Bréfritari: Þorbjörg Jónsdóttir
Viðtakandi: D. Halldórsson
Dagsetning: A-1886-10-24
Skrifað á: Dakóta
ekkja séra Ólafs Indriðasonar

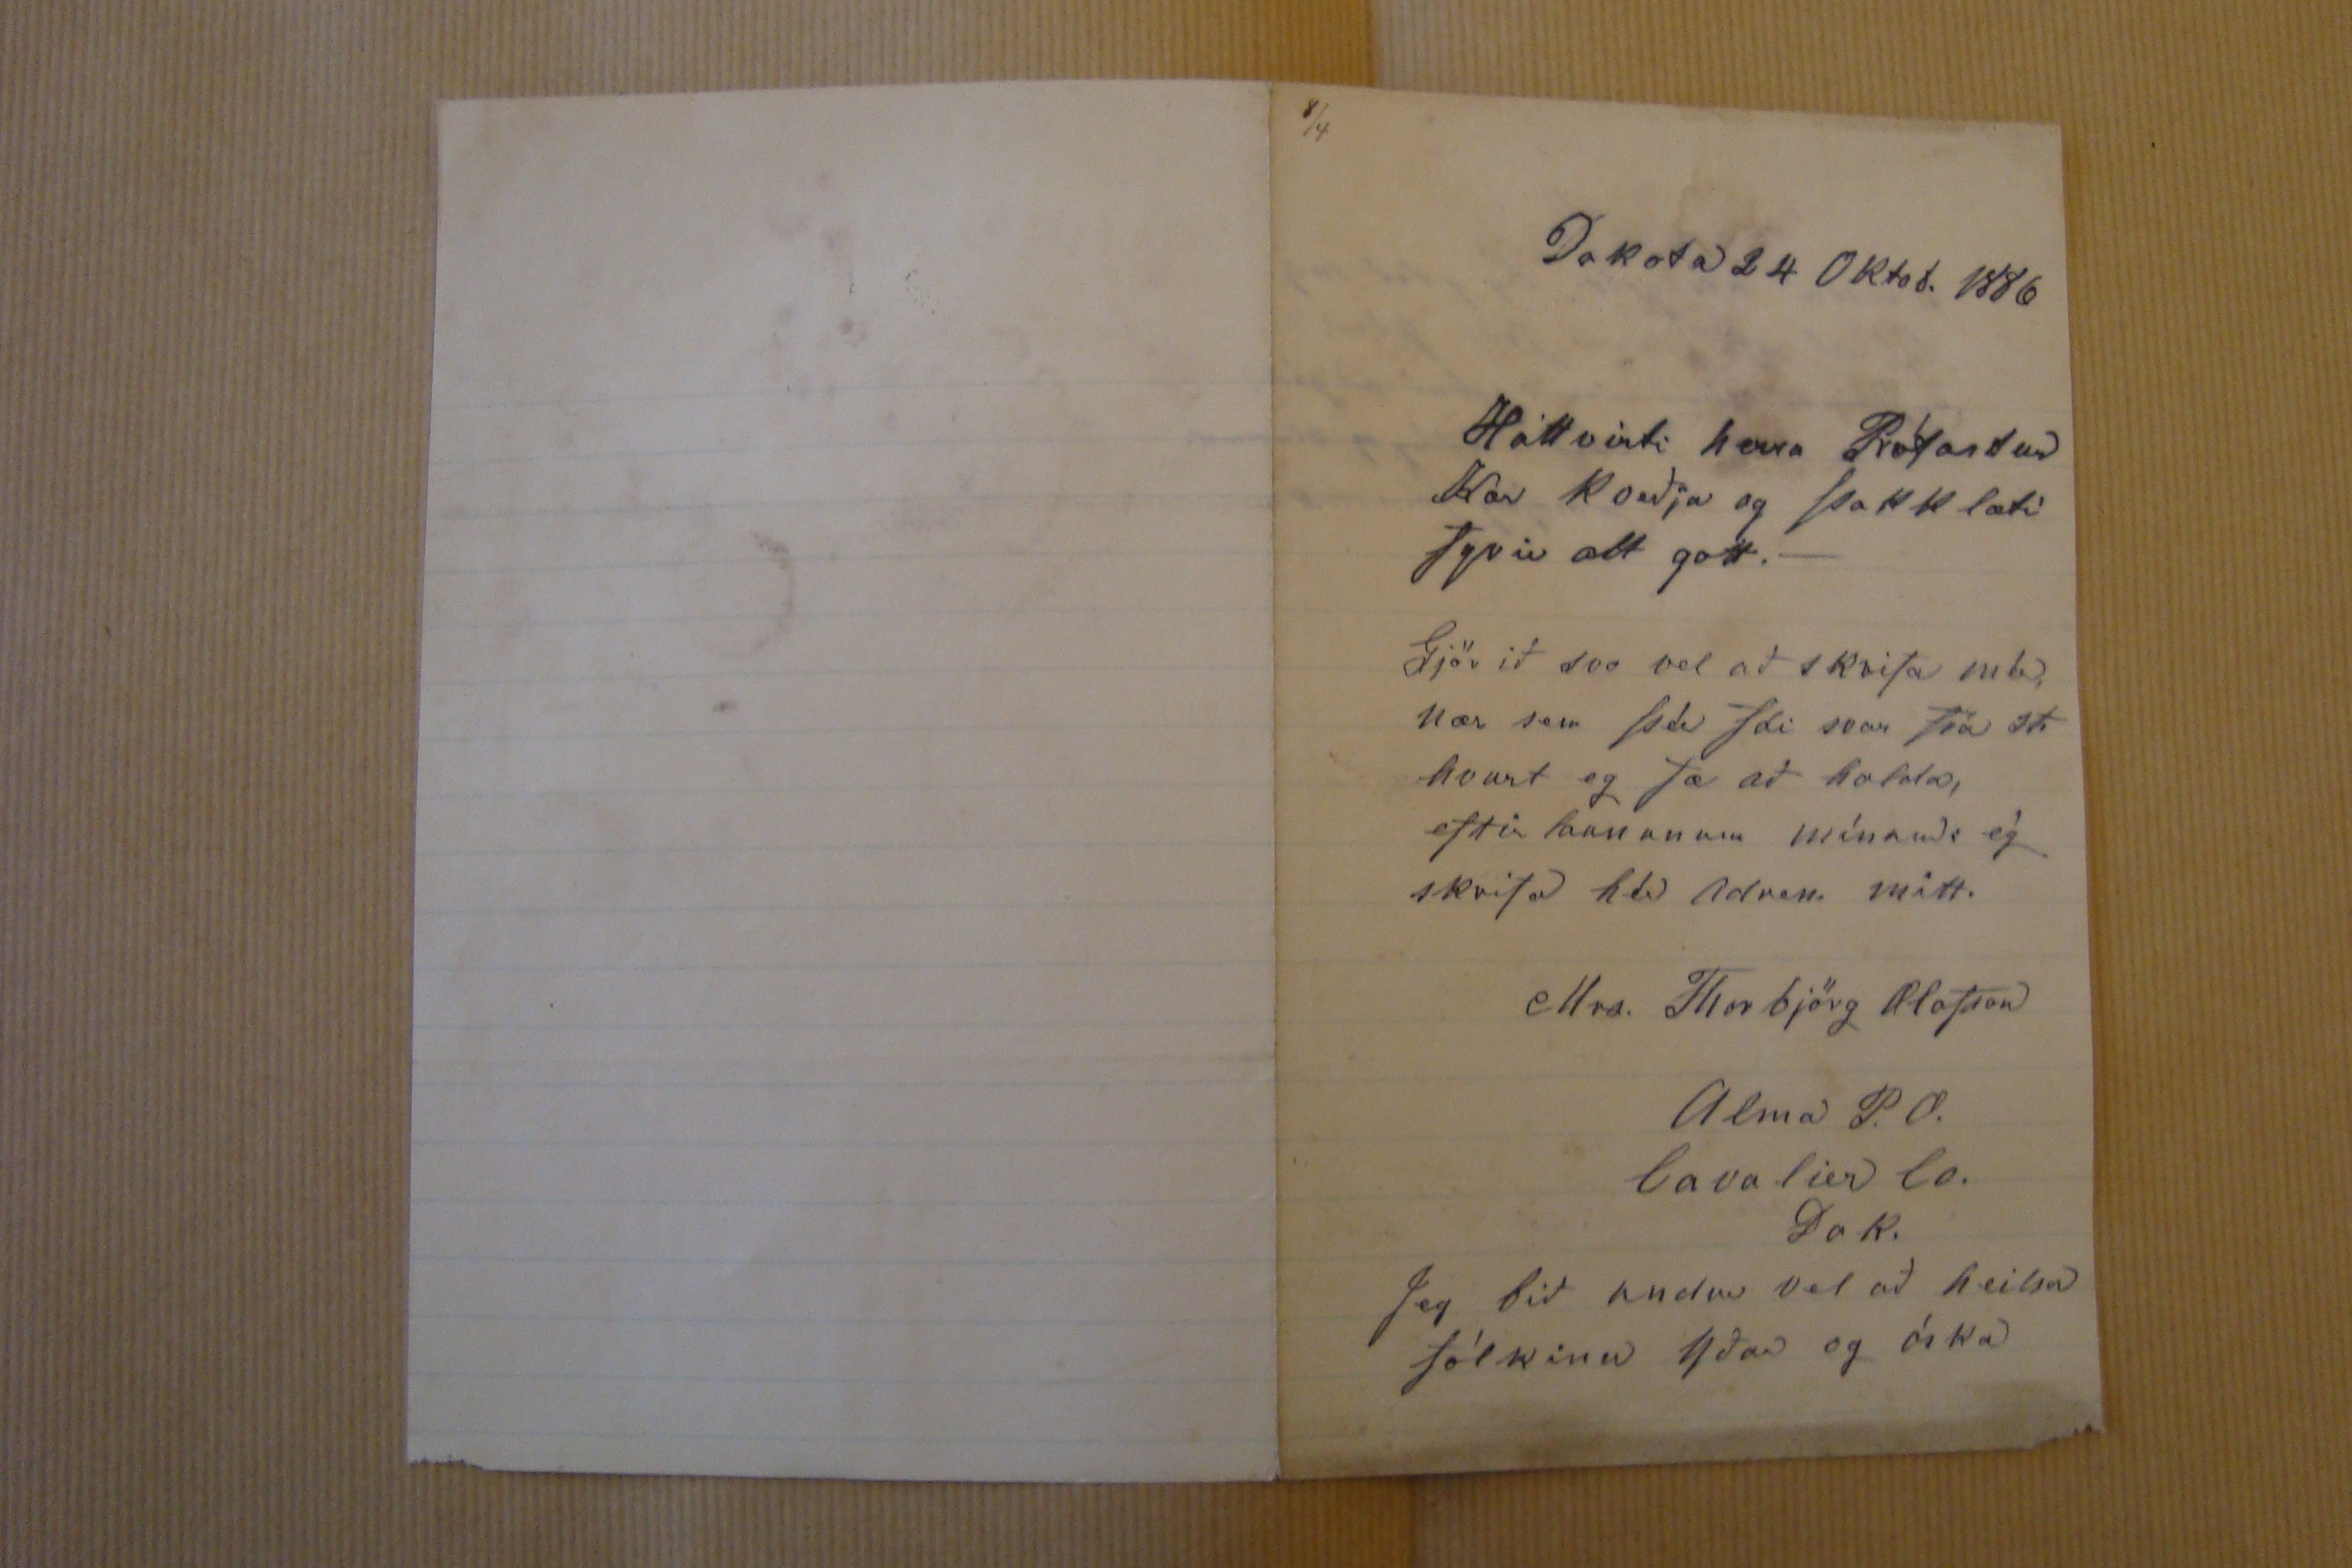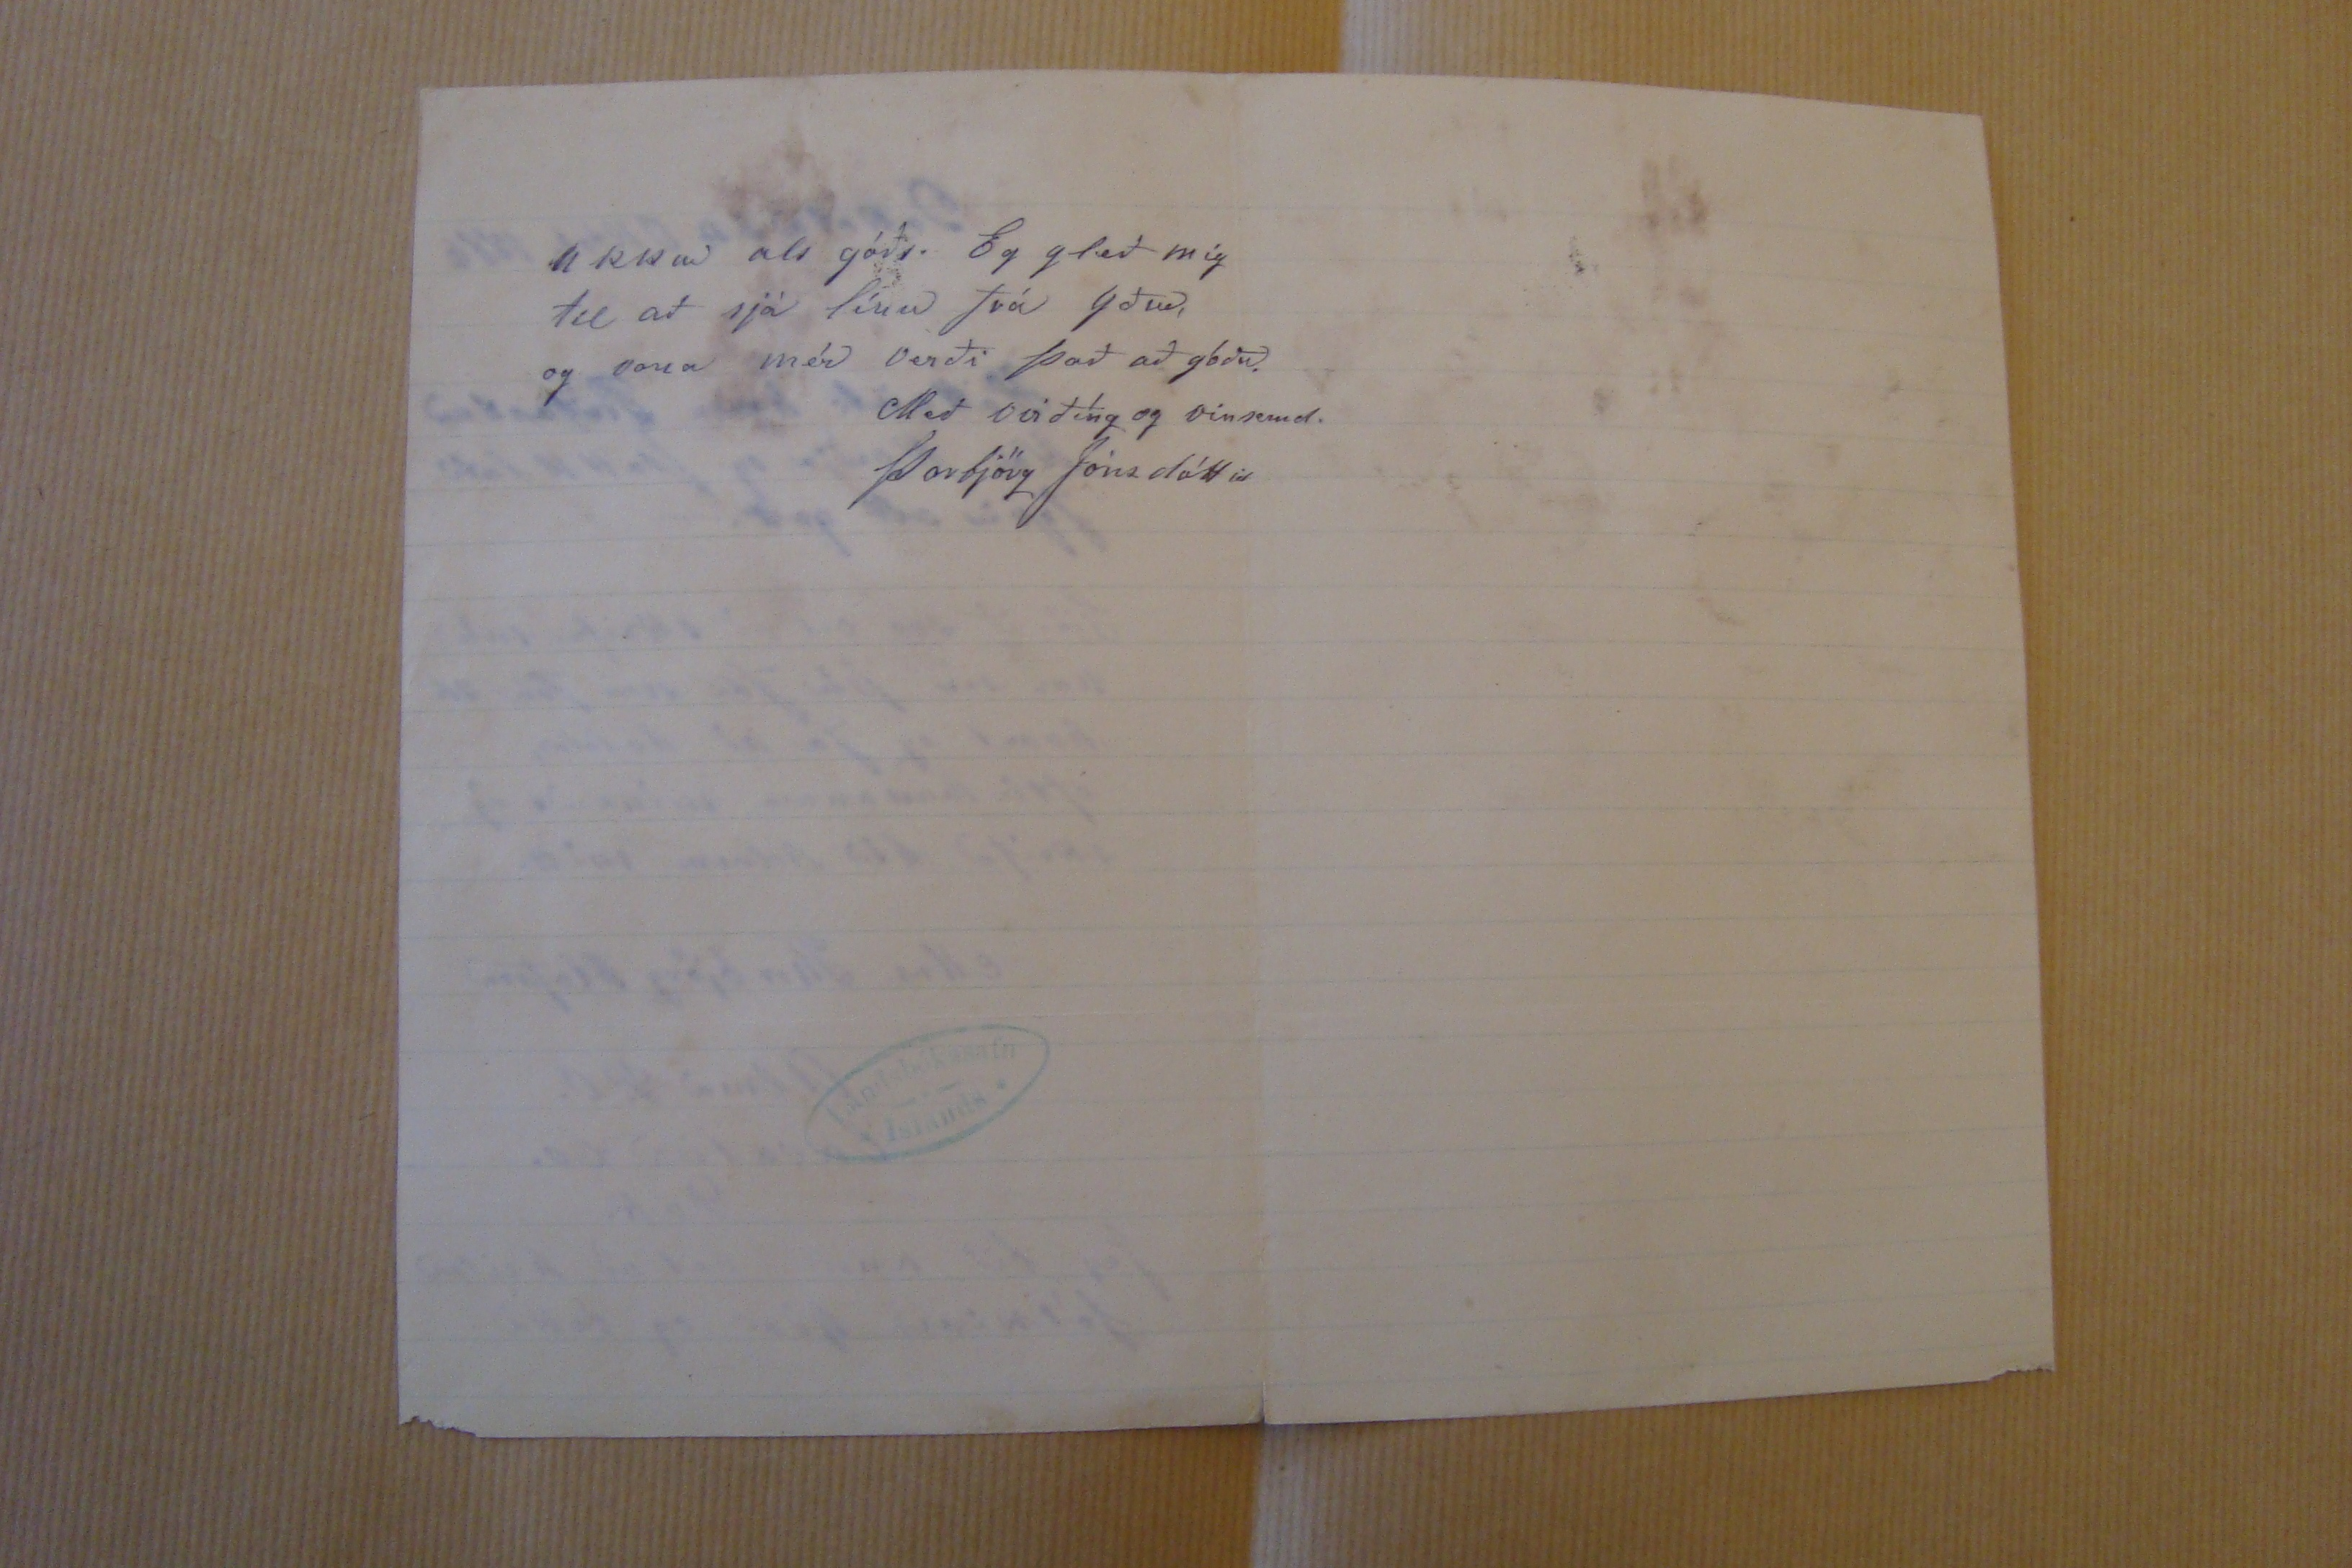

Dakota 24 Oktob. 1886
Háttvirti herra Prófastur
Kær Kveðja og þakklæti fyrir alt gott.-
Gjör ið svo vel að skrifa mér, nær sem þú fái svar frá St. hvart eg fæ að halda, eftir launanum mínauds ég skrifa hér adress mitt.
ellra. Thorbjörg Olafson
Alma P.O.
lava lier Co.
Dak.
Jeg bið undur vel að heilsa fólkinu yðar og óska
ukkur als góðs. Eg gleð mig til að sjá línu frá yður, og vona mér verði það að góðu.
Með virðíng og vinsemd.
Þorbjörg Jónsdóttir